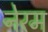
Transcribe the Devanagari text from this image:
नेरम